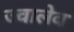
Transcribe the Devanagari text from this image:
ज्वालेव